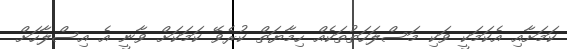
ކަމަށާއި އެކަމަކީ ވަކި މަސްލަހަތުތަކެއް ހިމާޔަތް ކުރެވޭ ކަމަކަށް ވާނީ އެ އިސްލާހަށް